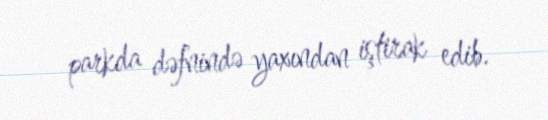
parkda dəfnində yaxından iştirak edib.